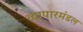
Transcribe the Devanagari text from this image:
व्यापारमंडल